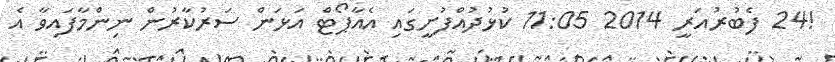
!24 ފެބުރުއަރީ 2014 11:05 ކުޅުދުއްފުށީގައި އެއާޕޯޓް އަޅަން ސަރުކާރުން ނިންމާފައިވާ އެ